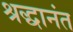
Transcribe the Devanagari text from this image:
श्रद्धानंत